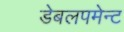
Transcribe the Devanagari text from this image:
डेबलपमेन्ट